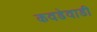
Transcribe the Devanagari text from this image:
कवडेवाडी